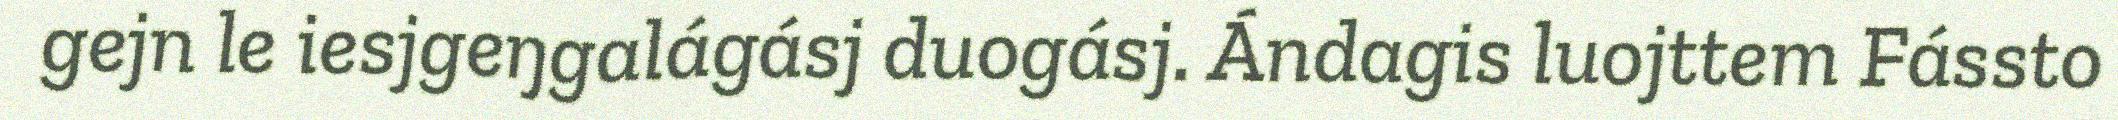
gejn le iesjgeŋgalágásj duogásj. Ándagis luojttem Fássto